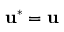
\mathbf { u } ^ { * } = \mathbf { u }